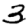
Digit: 3